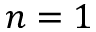
n = 1